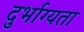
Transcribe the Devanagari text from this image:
दुर्भाग्यता